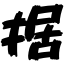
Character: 据